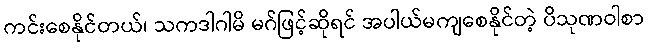
ကင်းစေနိုင်တယ်၊ သကဒါဂါမိ မဂ်ဖြင့်ဆိုရင် အပါယ်မကျစေနိုင်တဲ့ ပိသုဏဝါစာ